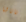
ناتاشا